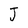
Character: J